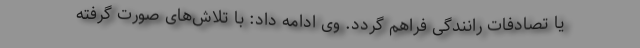
یا تصادفات رانندگی فراهم گردد. وی ادامه داد: با تلاش‌های صورت گرفته